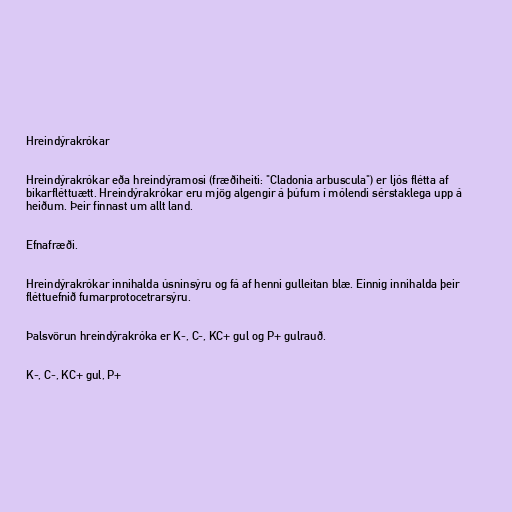
Hreindýrakrókar

Hreindýrakrókar eða hreindýramosi (fræðiheiti: "Cladonia arbuscula") er ljós flétta af
bikarfléttuætt. Hreindýrakrókar eru mjög algengir á þúfum í mólendi sérstaklega upp á
heiðum. Þeir finnast um allt land.

Efnafræði.

Hreindýrakrókar innihalda úsninsýru og fá af henni gulleitan blæ. Einnig innihalda þeir
fléttuefnið fumarprotocetrarsýru.

Þalsvörun hreindýrakróka er K-, C-, KC+ gul og P+ gulrauð.

K-, C-, KC+ gul, P+